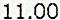
11.00